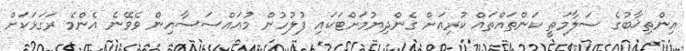
އިންތިޚާބުގެ ސަލާމަތީ ކަންތައްތައް ކުރިއަށް ގެންދިޔުމަށްޓަކައި ފުލުހުން މުއައްސަސާއިން ވެވޭނެ އެންމެ ރަގަޅަކަށް